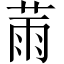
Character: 𦲸